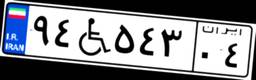
۹۴W۵۴۳۰۴